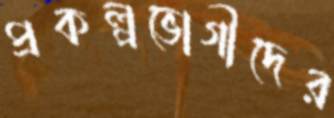
প্রকল্পভোগীদের